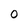
Character: 0